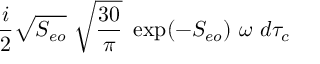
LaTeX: { \frac { i } { 2 } } \sqrt { S _ { e o } } \ \sqrt { { \frac { 3 0 } { \pi } } } \ \exp ( - S _ { e o } ) \ \omega \ d \tau _ { c }